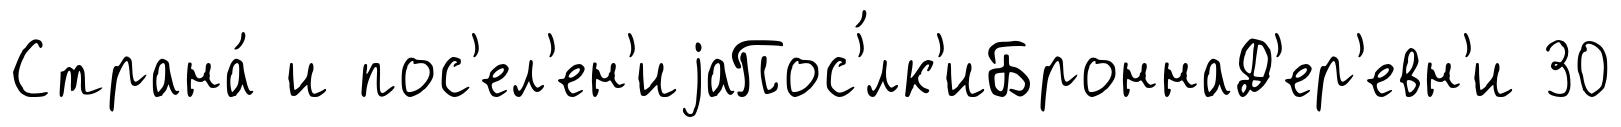
Страна́ и пос'ел'ен'иjаПос'́лк'иБроннаД'ер'евн'и 30